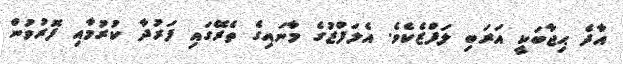
އާދެ ޙިޖާބަކީ އަރަބި ލަފްޒެކެވެ. އެލަފްޒުގެ މާނައިގެ ތެރޭގައި ފަރުދާ ކުރުމާއި ފޮރުވުން